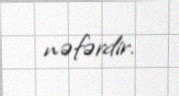
nəfərdir.